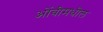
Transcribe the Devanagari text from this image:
ओंबीमधील